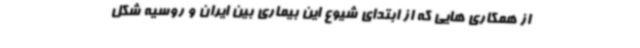
از همکاری هایی که از ابتدای شیوع این بیماری بین ایران و روسیه شکل